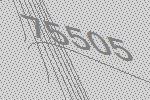
75505